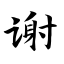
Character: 谢